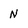
Character: N